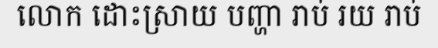
លោក ដោះស្រាយ បញ្ហា រាប់ រយ រាប់